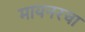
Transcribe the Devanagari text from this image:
मायनरचा